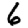
Digit: 6